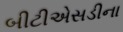
બીટીએસડીના